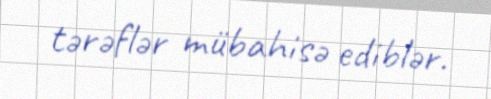
tərəflər mübahisə ediblər.